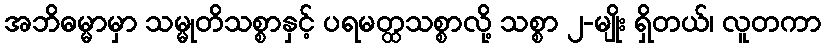
အဘိဓမ္မာမှာ သမ္မုတိသစ္စာနှင့် ပရမတ္ထသစ္စာလို့ သစ္စာ ၂-မျိုး ရှိတယ်၊ လူတကာ